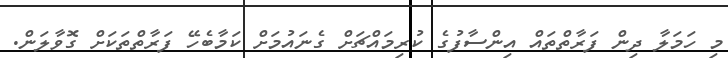
މި ހަމަލާ ދިން ފަރާތްތައް އިންސާފުގެ ކުރިމައްޗަށް ގެނައުމަށް ކަމާބެހޭ ފަރާތްތަކަށް ގޮވާލަން.